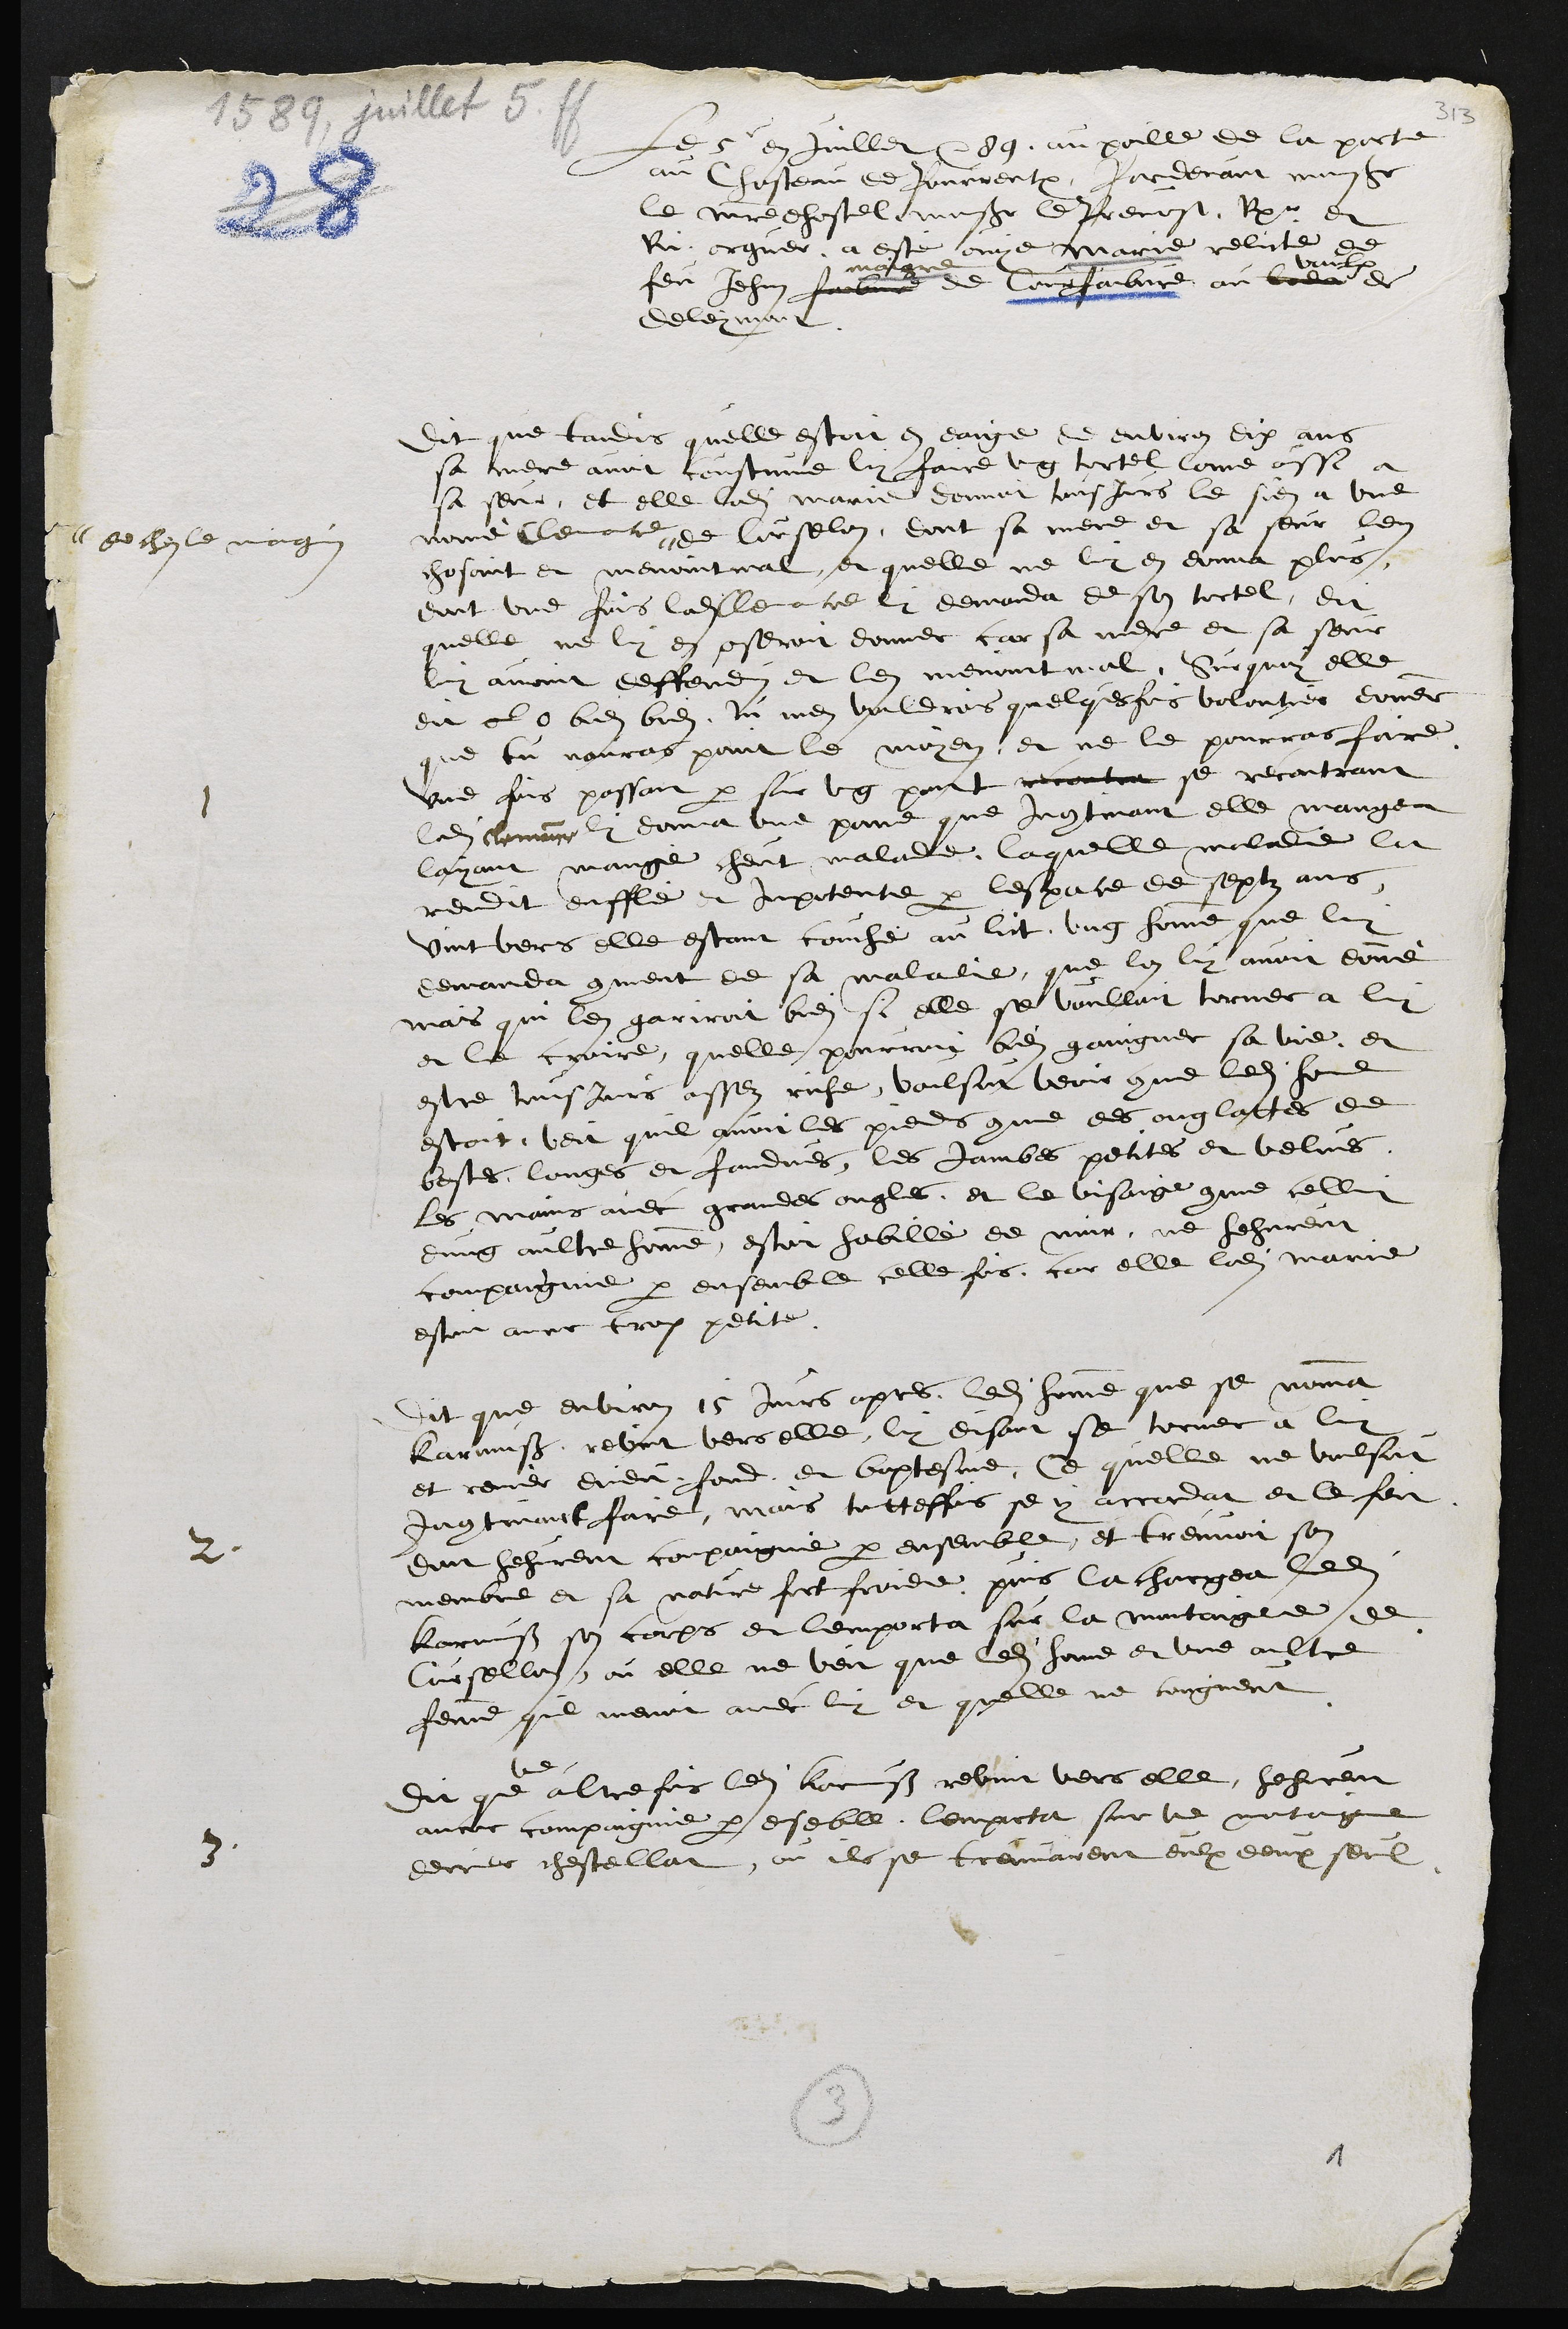
Le 5e en juillet 89, au poille de la porte
au Chasteau de Pourrentruy, Par devant monsieur
le maitre dhostel monsieur le Prevost, Rpr et
Ru orguer a esté ouye Marie relicte de
feu Jehan faibvre
maigre
de Courfaibvre au bela
vaulx
de
deleymont
Dit que tandis quelle estoit en eaige de environ dix ans
sa mere avoit coustume luy faire ung tortel comme aussi a
sa seur, et elle ladite Marie donnoit tousjours le sien a une
nomme Clemence #
# de chez le maugin
de Curselon, dont sa mere et sa seur len
chosoint et menoint mal et quelle ne luy en donna plus,
dont une fois ladite Clemence lui demanda de son tortel, dit
quelle ne luy en oseroit donner car sa mere et sa seur
luy avoint deffendus et len menoint mal, Sur quoy elle
dit ol o bien bien tu men vouldrois quelquesfois volontier donner
que tu nauras point le moyen, et ne le pourras faire
une fois passant par sur ung pont recontra se recontrant
ladite Clemence luy donna une  pome que Incontinant elle mangea
layant mange cheut malade, laquelle maladie la
rendit enffle et impotente par lespace de septz ans,
vint vers elle estant couché au lict ung homme que luy
demanda comment de sa maladie que lon luy avoit donné
mais qui len gariroit bien si elle se voulloit torner a luy
et le croire, quelle pourroit bien gaingner sa vie, et
estre tousjours assez riche, voulsut veoir comme ledit home
estoit, veit quil avoit les pieds comme des onglattes de
bestes longes et fandues, les jambes petites et velues
les mains avec grandes ongles, et le visaige comme cellui
dung aultre homme, estoit habillé de noir, ne hehurent
compaignie par ensemble celle fois, car elle ladite Marie
estoit encor trop petite
2.
Dit que environ 15 jours apres, ledit homme que se nomma
Karmuss revint vers elle, luy disant se torner a luy
et renier dieu fond et baptesme, Ce quelle ne voulsut
Incontinant faire, mais touttesfois se y accordat et le feit
dont hehurent compaignie par ensemble, et treuvoit son
membre et sa nature fort froide puis la chargea ledit
Karmuss son corps et lemporta sur la montaigne de
Cursellon, ou elle ne veit que ledit homme et une aultre
femme que menoit avec luy et quelle ne congneut
3
dit que
une
altre fois ledit Karmuss revint vers elle, hehurent
encor compaignie par ensemble, lemporta sur le montaigne
derrier chestellat, ou ils se trouvarent eulx deux seul